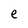
Character: e